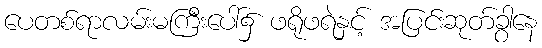
ပေတစ်ရာလမ်းမကြီးပေါ်၌ ဖရိုဖရဲနှင့် အပြင်းဆုတ်ခွာနေ